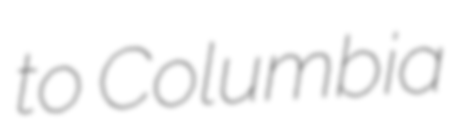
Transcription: to Columbia